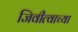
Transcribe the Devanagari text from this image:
जिवीत्वाच्या